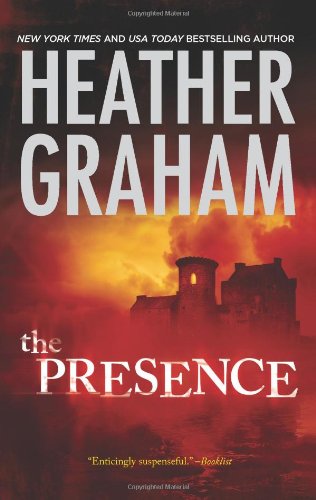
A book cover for The Presence; Heather Graham; Romance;